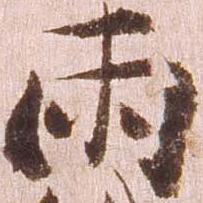
両